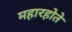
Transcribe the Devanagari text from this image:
महारहोते